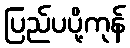
ပြည်ပပို့ကုန်